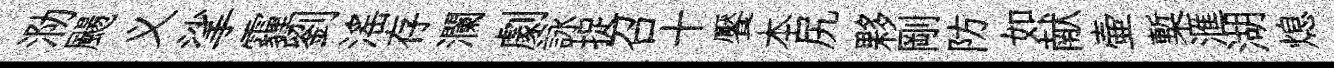
泐颺义挲霾劉滛存瀾劇詠捉召十饜本尻夥剛防如献壷槧滙湖熄